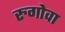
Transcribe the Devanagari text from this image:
रुगोवा